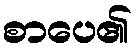
စာပေ၏